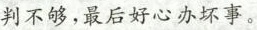
判不够，最后好心办坏事。